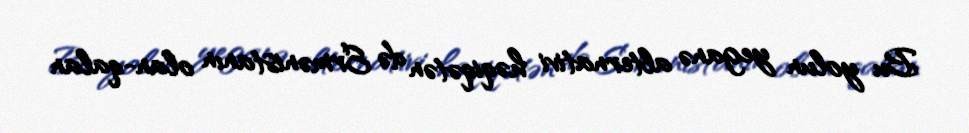
Bu yolun yeganə alternativi həqiqətən də Ermənistanın olan-qalan